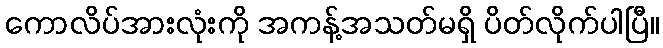
ကောလိပ်အားလုံးကို အကန့်အသတ်မရှိ ပိတ်လိုက်ပါပြီ။